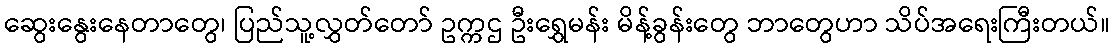
ဆွေးနွေးနေတာတွေ၊ ပြည်သူ့လွှတ်တော် ဥက္ကဌ ဦးရွှေမန်း မိန့်ခွန်းတွေ ဘာတွေဟာ သိပ်အရေးကြီးတယ်။